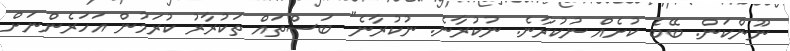
ނޫންކަން. ބޭބެ ކުށެއް ނުކުރާނެ. ނުކުރާނެ. ނުކުރާނެ" ބަސްތައް ތަކުރާރު ކުރަމުން އަހަރެންނަށް